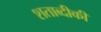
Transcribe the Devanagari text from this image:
शताब्दीकी